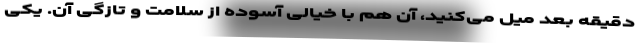
دقیقه بعد میل می‌کنید، آن هم با خیالی آسوده از سلامت و تازگی آن. یکی